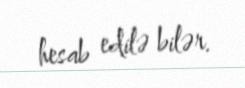
hesab edilə bilər.